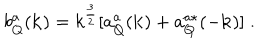
b _ { Q } ^ { a } ( { \bf { k } } ) = k ^ { \frac { 3 } { 2 } } [ a _ { Q } ^ { a } ( { \bf { k } } ) + a _ { Q } ^ { a \star } ( - { \bf { k } } ) ] \; .